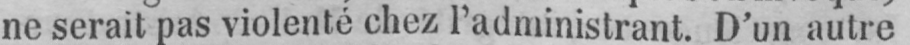
ne serait pas violenté chez l’administrant. D’un autre